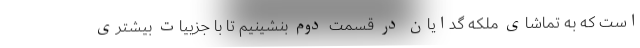
است که به تماشای ملکه گدایان در قسمت دوم بنشینیم تا با جزییات بیشتری